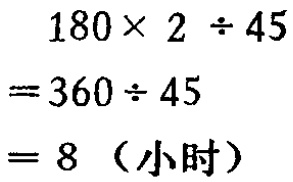
\[

\begin{align*}

180\times 2\div 45&=360\div 45\\

&= 8 \text{（小时）}

\end{align*}

\]